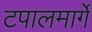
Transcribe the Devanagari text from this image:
टपालमार्गे